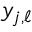
y _ { j , \ell }